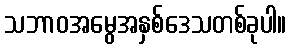
သဘာဝအမွေအနှစ်ဒေသတစ်ခုပါ။